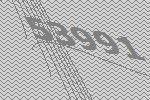
53991